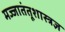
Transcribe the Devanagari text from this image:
मज्जातंतूशास्त्रज्ञ